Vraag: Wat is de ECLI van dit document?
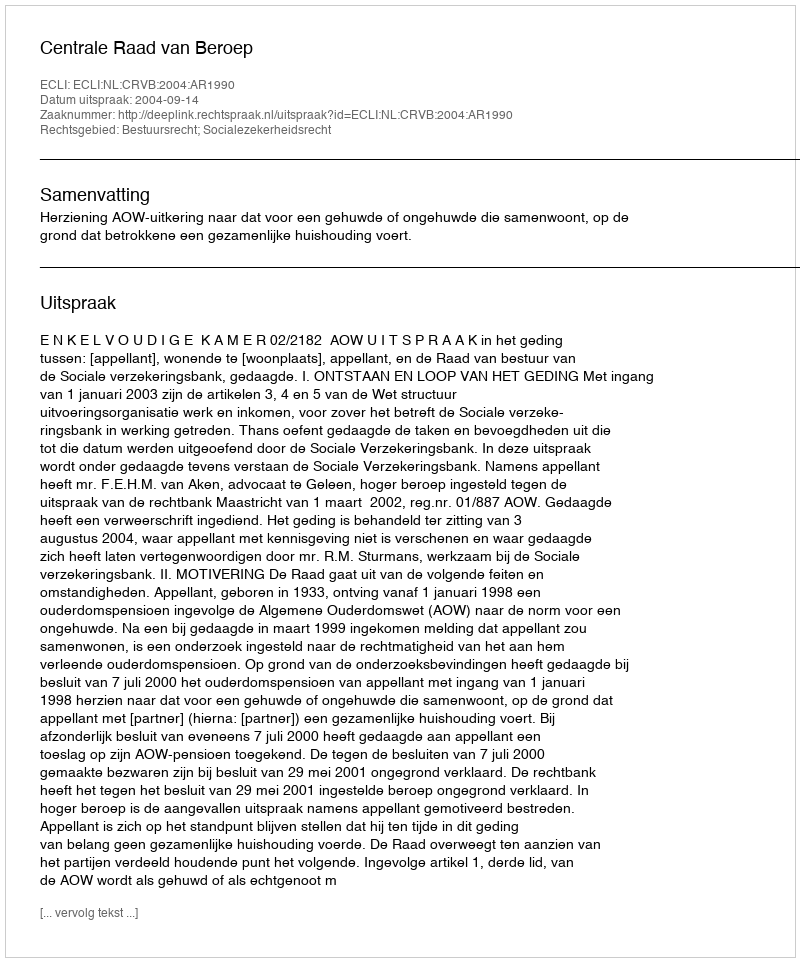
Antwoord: ECLI:NL:CRVB:2004:AR1990